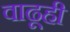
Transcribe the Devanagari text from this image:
वाढूही